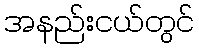
အနည်းငယ်တွင်